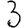
Digit: 3